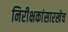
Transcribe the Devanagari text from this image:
निरीक्षकांसारखेच